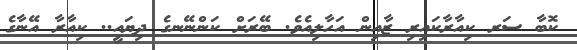
ކޮބާ ސަރ ކިއާރާކައިރި ޒާއިން އަހާލިއެވެ. ބޭރަށް ކަންނޭނގެ ދިޔައީ.. ކިއާރާ އޭނާގެ